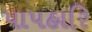
પાપહારિ